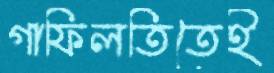
গাফিলতিতেই